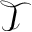
\mathcal { T }